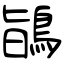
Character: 鴲